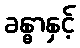
ခန္ဓာနှင့်